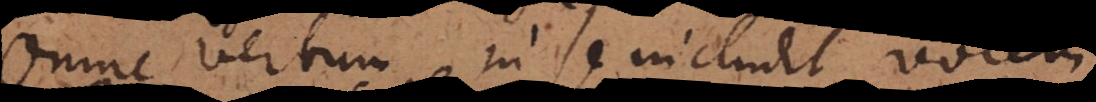
Omne Verbum in se includit vocem